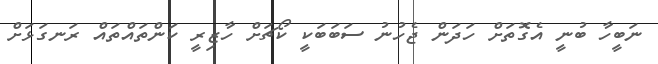
ނަބީހާ ބުނީ އެގޮތަށް ހަދަން ޖެހުނު ސަބަބަކީ ކޯޗަށް ހާޒިރީ ކަންތައްތައް ރަނގަޅަށް